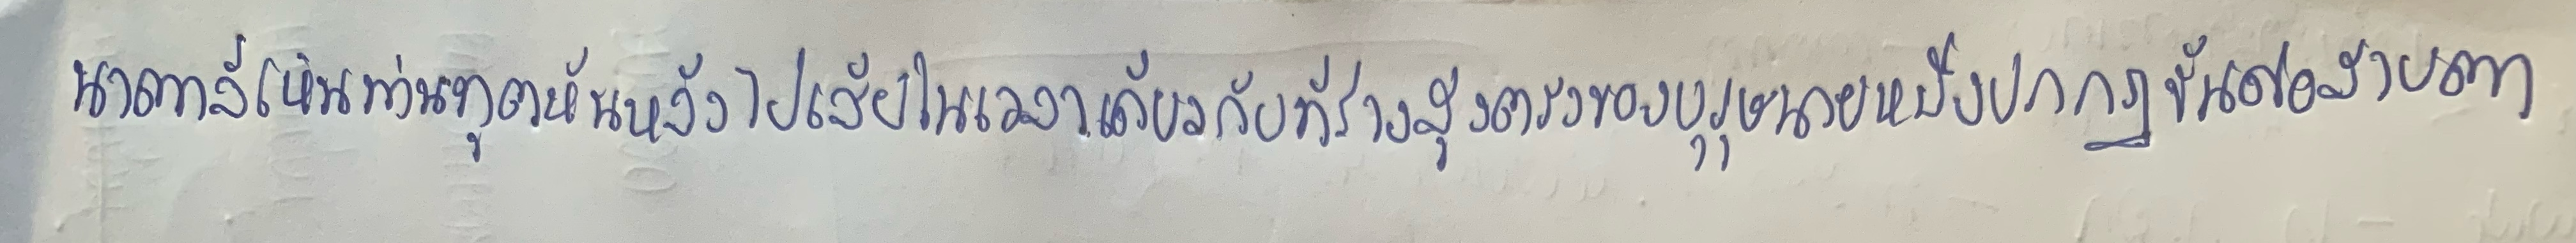
นาตาลีเห็นท่านทูตหันหลังไปเสียในเวลาเดียวกับที่ร่างสูงตรงของบุรุษนายหนึ่งปรากฏขึ้นต่อสายตา